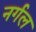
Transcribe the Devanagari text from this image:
नर्गल